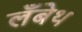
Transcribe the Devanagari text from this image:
लँबेथ